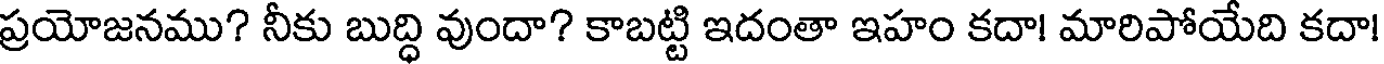
ప్రయోజనము? నీకు బుద్ధి వుందా? కాబట్టి ఇదంతా ఇహం కదా! మారిపోయేది కదా